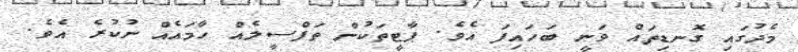
މެދުގައި ގޮނޑިތައް ވަނީ ބަހައިފަ އެވެ. ޕާޓީތަކުން ތަފްސީލެއް ހާމައެއް ނުކުރެ އެވެ.